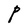
Character: P